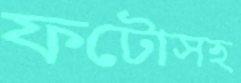
ফটোসহ